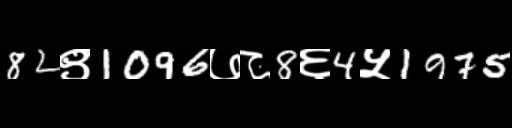
Text: 82९1096७८8६4५1975